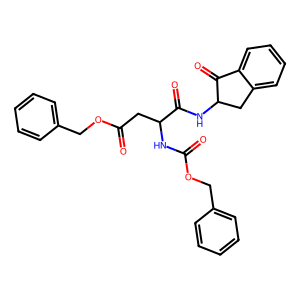
SMILES: O=C(CC(NC(=O)OCc1ccccc1)C(=O)NC1Cc2ccccc2C1=O)OCc1ccccc1
Inhibits HIV replication: No